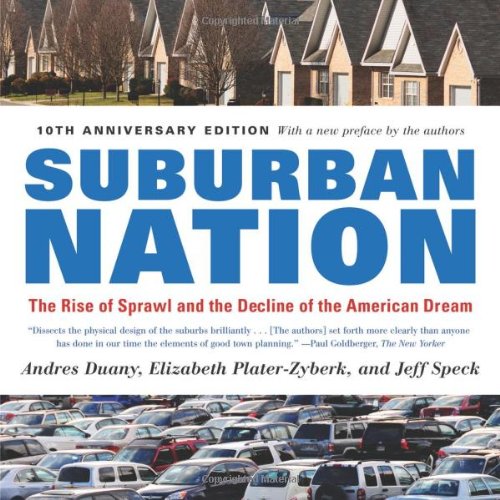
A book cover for Suburban Nation: The Rise of Sprawl and the Decline of the American Dream; Andres Duany; Politics & Social Sciences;